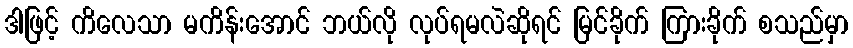
ဒါဖြင့် ကိလေသာ မကိန်းအောင် ဘယ်လို လုပ်ရမလဲဆိုရင် မြင်ခိုက် ကြားခိုက် စသည်မှာ